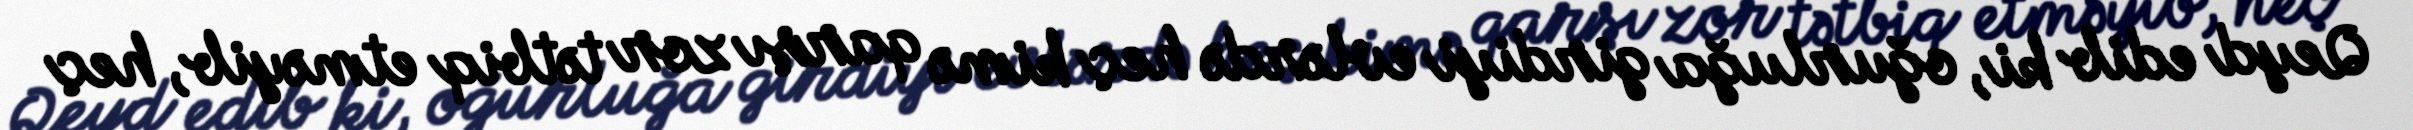
Qeyd edib ki, oğurluğa girdiyi evlərdə heç kimə qarşı zor tətbiq etməyib, heç